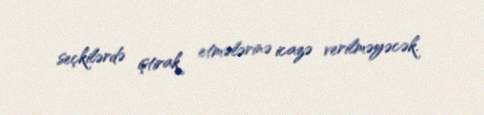
seçkilərdə iştirak etmələrinə icazə verilməyəcək.